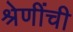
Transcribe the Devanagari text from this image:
श्रेणींची